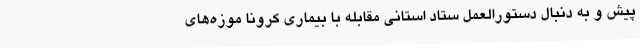
پیش و به دنبال دستورالعمل ستاد استانی مقابله با بیماری کرونا موزه‌های